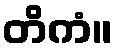
တိကံ။